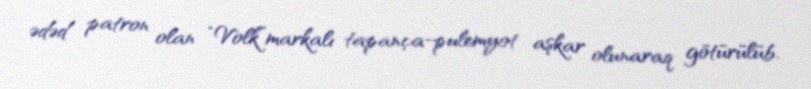
ədəd patron olan “Volk”markalı tapança-pulemyot aşkar olunaraq götürülüb.